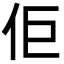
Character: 佢